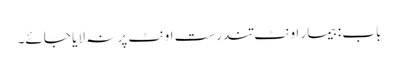
باب : بیمار اونٹ تندرست اونٹ پر نہ لایا جائے۔